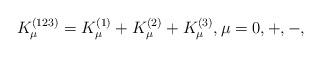
LaTeX: \begin{gather*}K_\mu^{(123)} =K_\mu^{(1)}+K_{\mu}^{(2)}+K_{\mu}^{(3)}, \mu=0,+,-,\end{gather*}